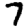
Digit: 7